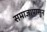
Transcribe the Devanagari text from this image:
समाजापासुन